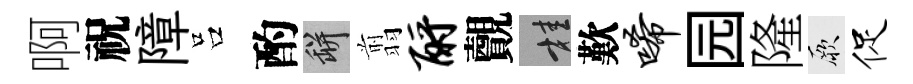
啊祝障吕酌瓶翦酹覿桂歎唏园隆厥促